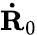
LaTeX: {\mathbf{\dot{R}}}_{0}